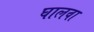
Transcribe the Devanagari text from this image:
घालवा